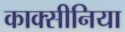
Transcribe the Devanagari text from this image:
काक्सीनिया